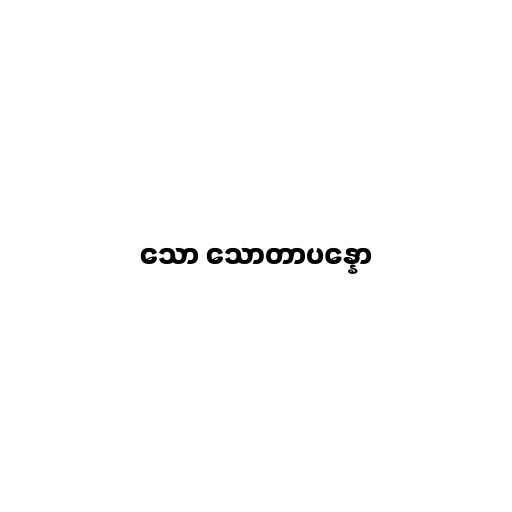
သော သောတာပန္နော